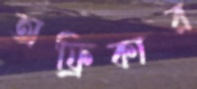
অফ্রিকার